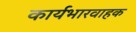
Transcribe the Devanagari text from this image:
कार्यभारवाहक